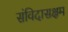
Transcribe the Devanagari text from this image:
संविदासक्षम